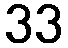
33